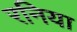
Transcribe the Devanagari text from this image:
रनिया